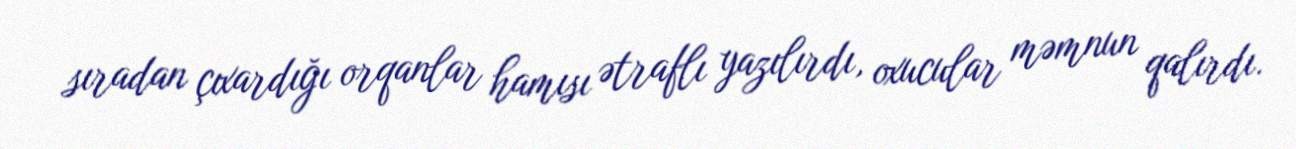
sıradan çıxardığı orqanlar hamısı ətraflı yazılırdı, oxucular məmnun qalırdı.